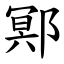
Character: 鄍